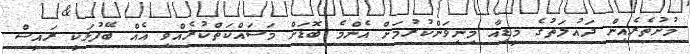
މުށުތެރެއިން ދައުލަތުގެ މީޑިއާ މިނިވަންކުރުމަށް އެންމެ ބޮޑަށް މަސައްކަތްކުރެއްވި އެއް ބޭފުޅަކީ ރައީސް